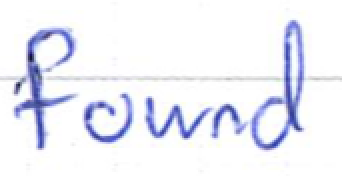
Text: found
Cross-out: clean
Writing tool: ballpoint